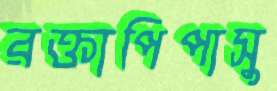
রক্তাপিপাসু